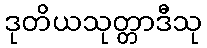
ဒုတိယသုတ္တာဒီသု